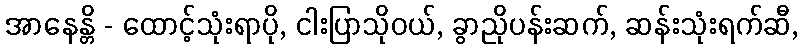
အာနေန္တိ - ထောင့်သုံးရာပို, ငါးပြာသိုဝယ်, ခွာညိုပန်းဆက်, ဆန်းသုံးရက်ဆီ,